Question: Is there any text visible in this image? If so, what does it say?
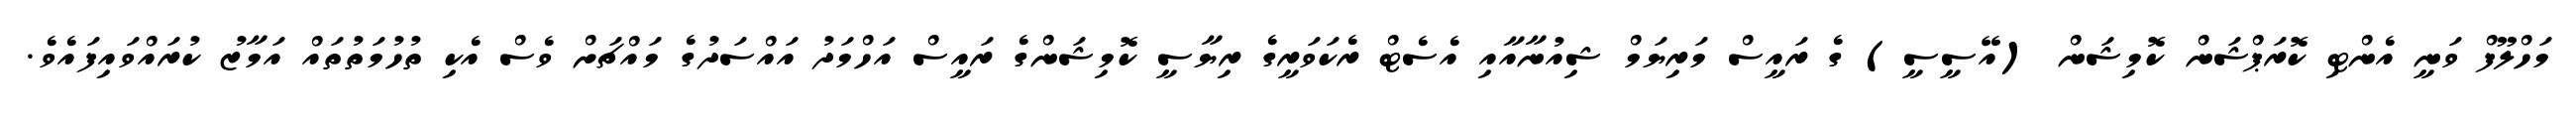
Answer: މަހްލޫފް ވަނީ އެންޓި ކޮރަޕްޝަން ކޮމިޝަން (އޭސީސީ) ގެ ރައީސް މަރިޔަމް ޝިއުނާއާއި އެސެޓް ރެކަވަރީގެ ރިޔާސީ ކޮމިޝަންގެ ރައީސް އަހްމަދު އައްސަދުގެ މައްޗަށް ވެސް އެކި ތުހުމަތުތައް އަމާޒު ކުރައްވައިފައެވެ.